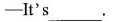
-It's___.